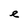
Character: e